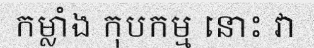
កម្លាំង កុបកម្ម នោះ វា